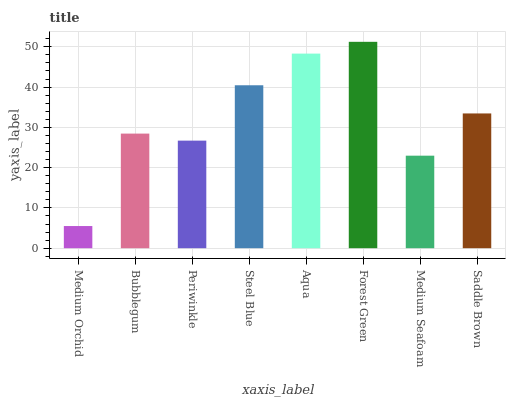
| xaxis_label | bars |
 | --- | --- |
 | Medium Orchid | 5.5 |
 | Bubblegum | 28.5 |
 | Periwinkle | 26.7 |
 | Steel Blue | 40.5 |
 | Aqua | 48.3 |
 | Forest Green | 51.2 |
 | Medium Seafoam | 23 |
 | Saddle Brown | 33.5 |